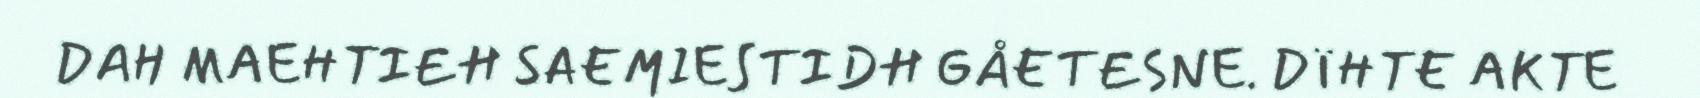
DAH MAEHTIEH SAEMIESTIDH GÅETESNE. DÏHTE AKTE